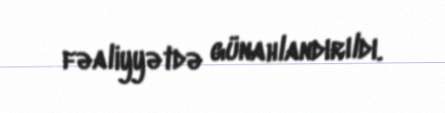
fəaliyyətdə günahlandırıldı.